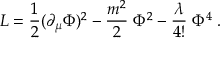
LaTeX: { \cal L } = \frac 1 2 ( \partial _ { \mu } \Phi ) ^ { 2 } - { \frac { m ^ { 2 } } { 2 } } \; \Phi ^ { 2 } - { \frac { \lambda } { 4 ! } } \; \Phi ^ { 4 } \; .